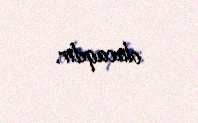
olacaqdır.